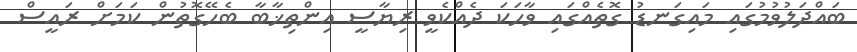
ބައްދަލުވުމުގައި މައިގަނޑު ގޮތެއްގައި ވާހަކަ ދެއްކެވީ ރިޔާސީ އިންތިޚާބާ ބެހޭގޮތުން ކަމަށް ރައީސް